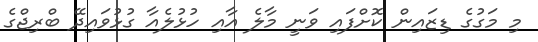
މި މަގުގެ ޑިޒައިން ކޮށްފައި ވަނީ މާލެ އާއި ހުޅުލެއާ ގުޅުވައިދޭ ބްރިޖްގެ